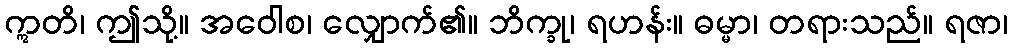
ဣတိ၊ ဤသို့။ အဝေါစ၊ လျှောက်၏။ ဘိက္ခု၊ ရဟန်း။ ဓမ္မာ၊ တရားသည်။ ရဇာ၊